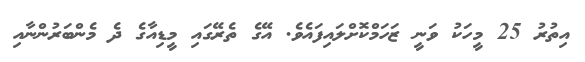
އިތުރު 25 މީހަކު ވަނީ ޒަހަމްކޮށްލައިފައެވެ. އޭގެ ތެރޭގައި މީޑިއާގެ ދެ މެންބަރުންނާއި